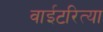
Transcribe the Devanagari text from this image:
वाईटरित्या